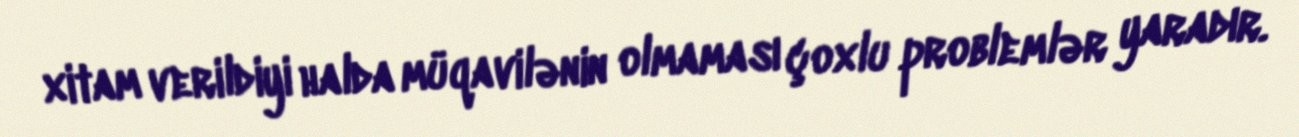
xitam verildiyi halda müqavilənin olmaması çoxlu problemlər yaradır.